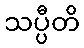
သပ္ပီတိ